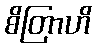
စိတြာဟိ